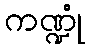
ကဏ္ဍုံ